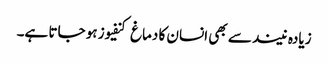
زیادہ نیند سے بھی انسان کا دماغ کنفیوز ہو جاتا ہے۔